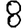
Digit: 8